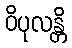
ဝိပုလန္တိ